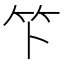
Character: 𫁰